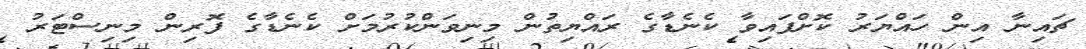
ޗައިނާ އިން ހައްޔަރު ކޮށްފައިވާ ކެނެޑާގެ ރައްޔިތުން މިނިވަންކުރުމަށް ކެނެޑާގެ ފޮރިން މިނިސްޓަރު